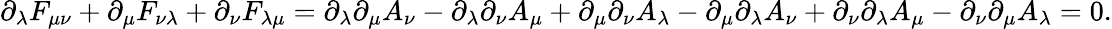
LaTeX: \partial_{\lambda}F_{\mu\nu}+\partial_{\mu}F_{\nu\lambda}+\partial_{\nu}F_{\lambda\mu}=\partial_{\lambda}\partial_{\mu}A_{\nu}-\partial_{\lambda}\partial_{\nu}A_{\mu}+\partial_{\mu}\partial_{\nu}A_{\lambda}-\partial_{\mu}\partial_{\lambda}A_{\nu}+\partial_{\nu}\partial_{\lambda}A_{\mu}-\partial_{\nu}\partial_{\mu}A_{\lambda}=0.